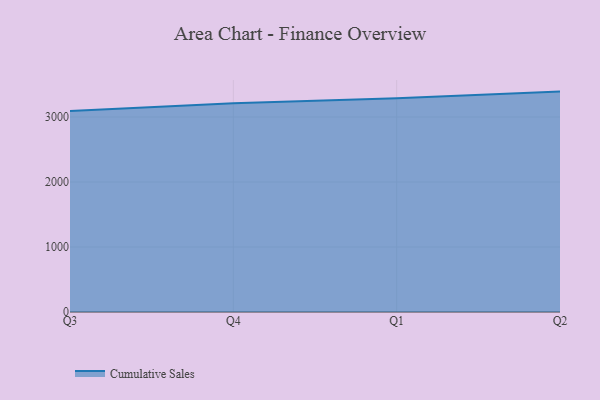
{"axis": {"x": "Quarter", "y": "Bounce Rate (%)"}, "legend": ["Cumulative Sales"], "data": [{"x": "Q3", "y": 3092.1, "type": "Cumulative Sales"}, {"x": "Q4", "y": 3212.4, "type": "Cumulative Sales"}, {"x": "Q1", "y": 3287.5, "type": "Cumulative Sales"}, {"x": "Q2", "y": 3390.8, "type": "Cumulative Sales"}]}